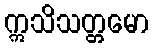
ဣသိသတ္တမော